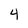
Character: 4